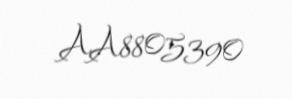
AA8805390